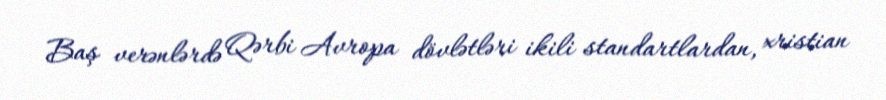
Baş verənlərdə Qərbi Avropa dövlətləri ikili standartlardan, xristian